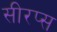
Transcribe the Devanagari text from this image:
सीरप्स